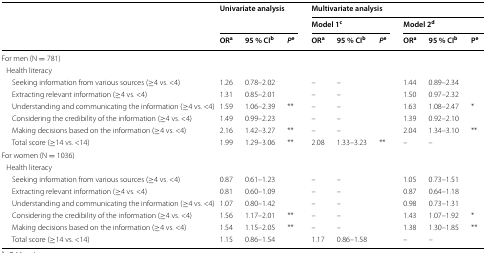
| <ROWSPAN=3>  | <ROWSPAN=2-COLSPAN=3> Univariate analysis | <COLSPAN=6> Multivariate analysis |
 | <COLSPAN=3> Model 1c | <COLSPAN=3> Model 2d |
 | ORa | 95 % CIb | Pe | ORa | 95 % CIb | Pe | ORa | 95 % CIb | Pe |
 | --- | --- | --- | --- | --- | --- | --- | --- | --- | --- |
 | <COLSPAN=10> For men (N = 781) |
 | <COLSPAN=10> Health literacy |
 | Seeking information from various sources (≥4 vs. <4) | 1.26 | 0.78–2.02 |  | – | – |  | 1.44 | 0.89–2.34 |  |
 | Extracting relevant information (≥4 vs. <4) | 1.31 | 0.85–2.01 |  | – | – |  | 1.50 | 0.97–2.32 |  |
 | Understanding and communicating the information (≥4 vs. <4) | 1.59 | 1.06–2.39 | ** | – | – |  | 1.63 | 1.08–2.47 | * |
 | Considering the credibility of the information (≥4 vs. <4) | 1.49 | 0.99–2.23 |  | – | – |  | 1.39 | 0.92–2.10 |  |
 | Making decisions based on the information (≥4 vs. <4) | 2.16 | 1.42–3.27 | ** | – | – |  | 2.04 | 1.34–3.10 | ** |
 | Total score (≥14 vs. <14) | 1.99 | 1.29–3.06 | ** | 2.08 | 1.33–3.23 | ** | – | – |  |
 | <COLSPAN=10> For women (N = 1036) |
 | <COLSPAN=10> Health literacy |
 | Seeking information from various sources (≥4 vs. <4) | 0.87 | 0.61–1.23 |  | – | – |  | 1.05 | 0.73–1.51 |  |
 | Extracting relevant information (≥4 vs. <4) | 0.81 | 0.60–1.09 |  | – | – |  | 0.87 | 0.64–1.18 |  |
 | Understanding and communicating the information (≥4 vs. <4) | 1.07 | 0.80–1.42 |  | – | – |  | 0.98 | 0.73–1.31 |  |
 | Considering the credibility of the information (≥4 vs. <4) | 1.56 | 1.17–2.01 | ** | – | – |  | 1.43 | 1.07–1.92 | * |
 | Making decisions based on the information (≥4 vs. <4) | 1.54 | 1.15–2.05 | ** | – | – |  | 1.38 | 1.30–1.85 | ** |
 | Total score (≥14 vs. <14) | 1.15 | 0.86–1.54 |  | 1.17 | 0.86–1.58 |  | – | – |  |